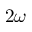
2 \omega